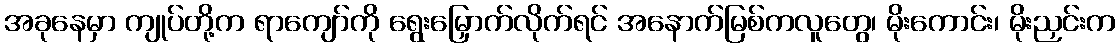
အခုနေမှာ ကျုပ်တို့က ရာကျော်ကို ရွေးမြှောက်လိုက်ရင် အနောက်မြစ်ကလူတွေ၊ မိုးကောင်း၊ မိုးညှင်းက